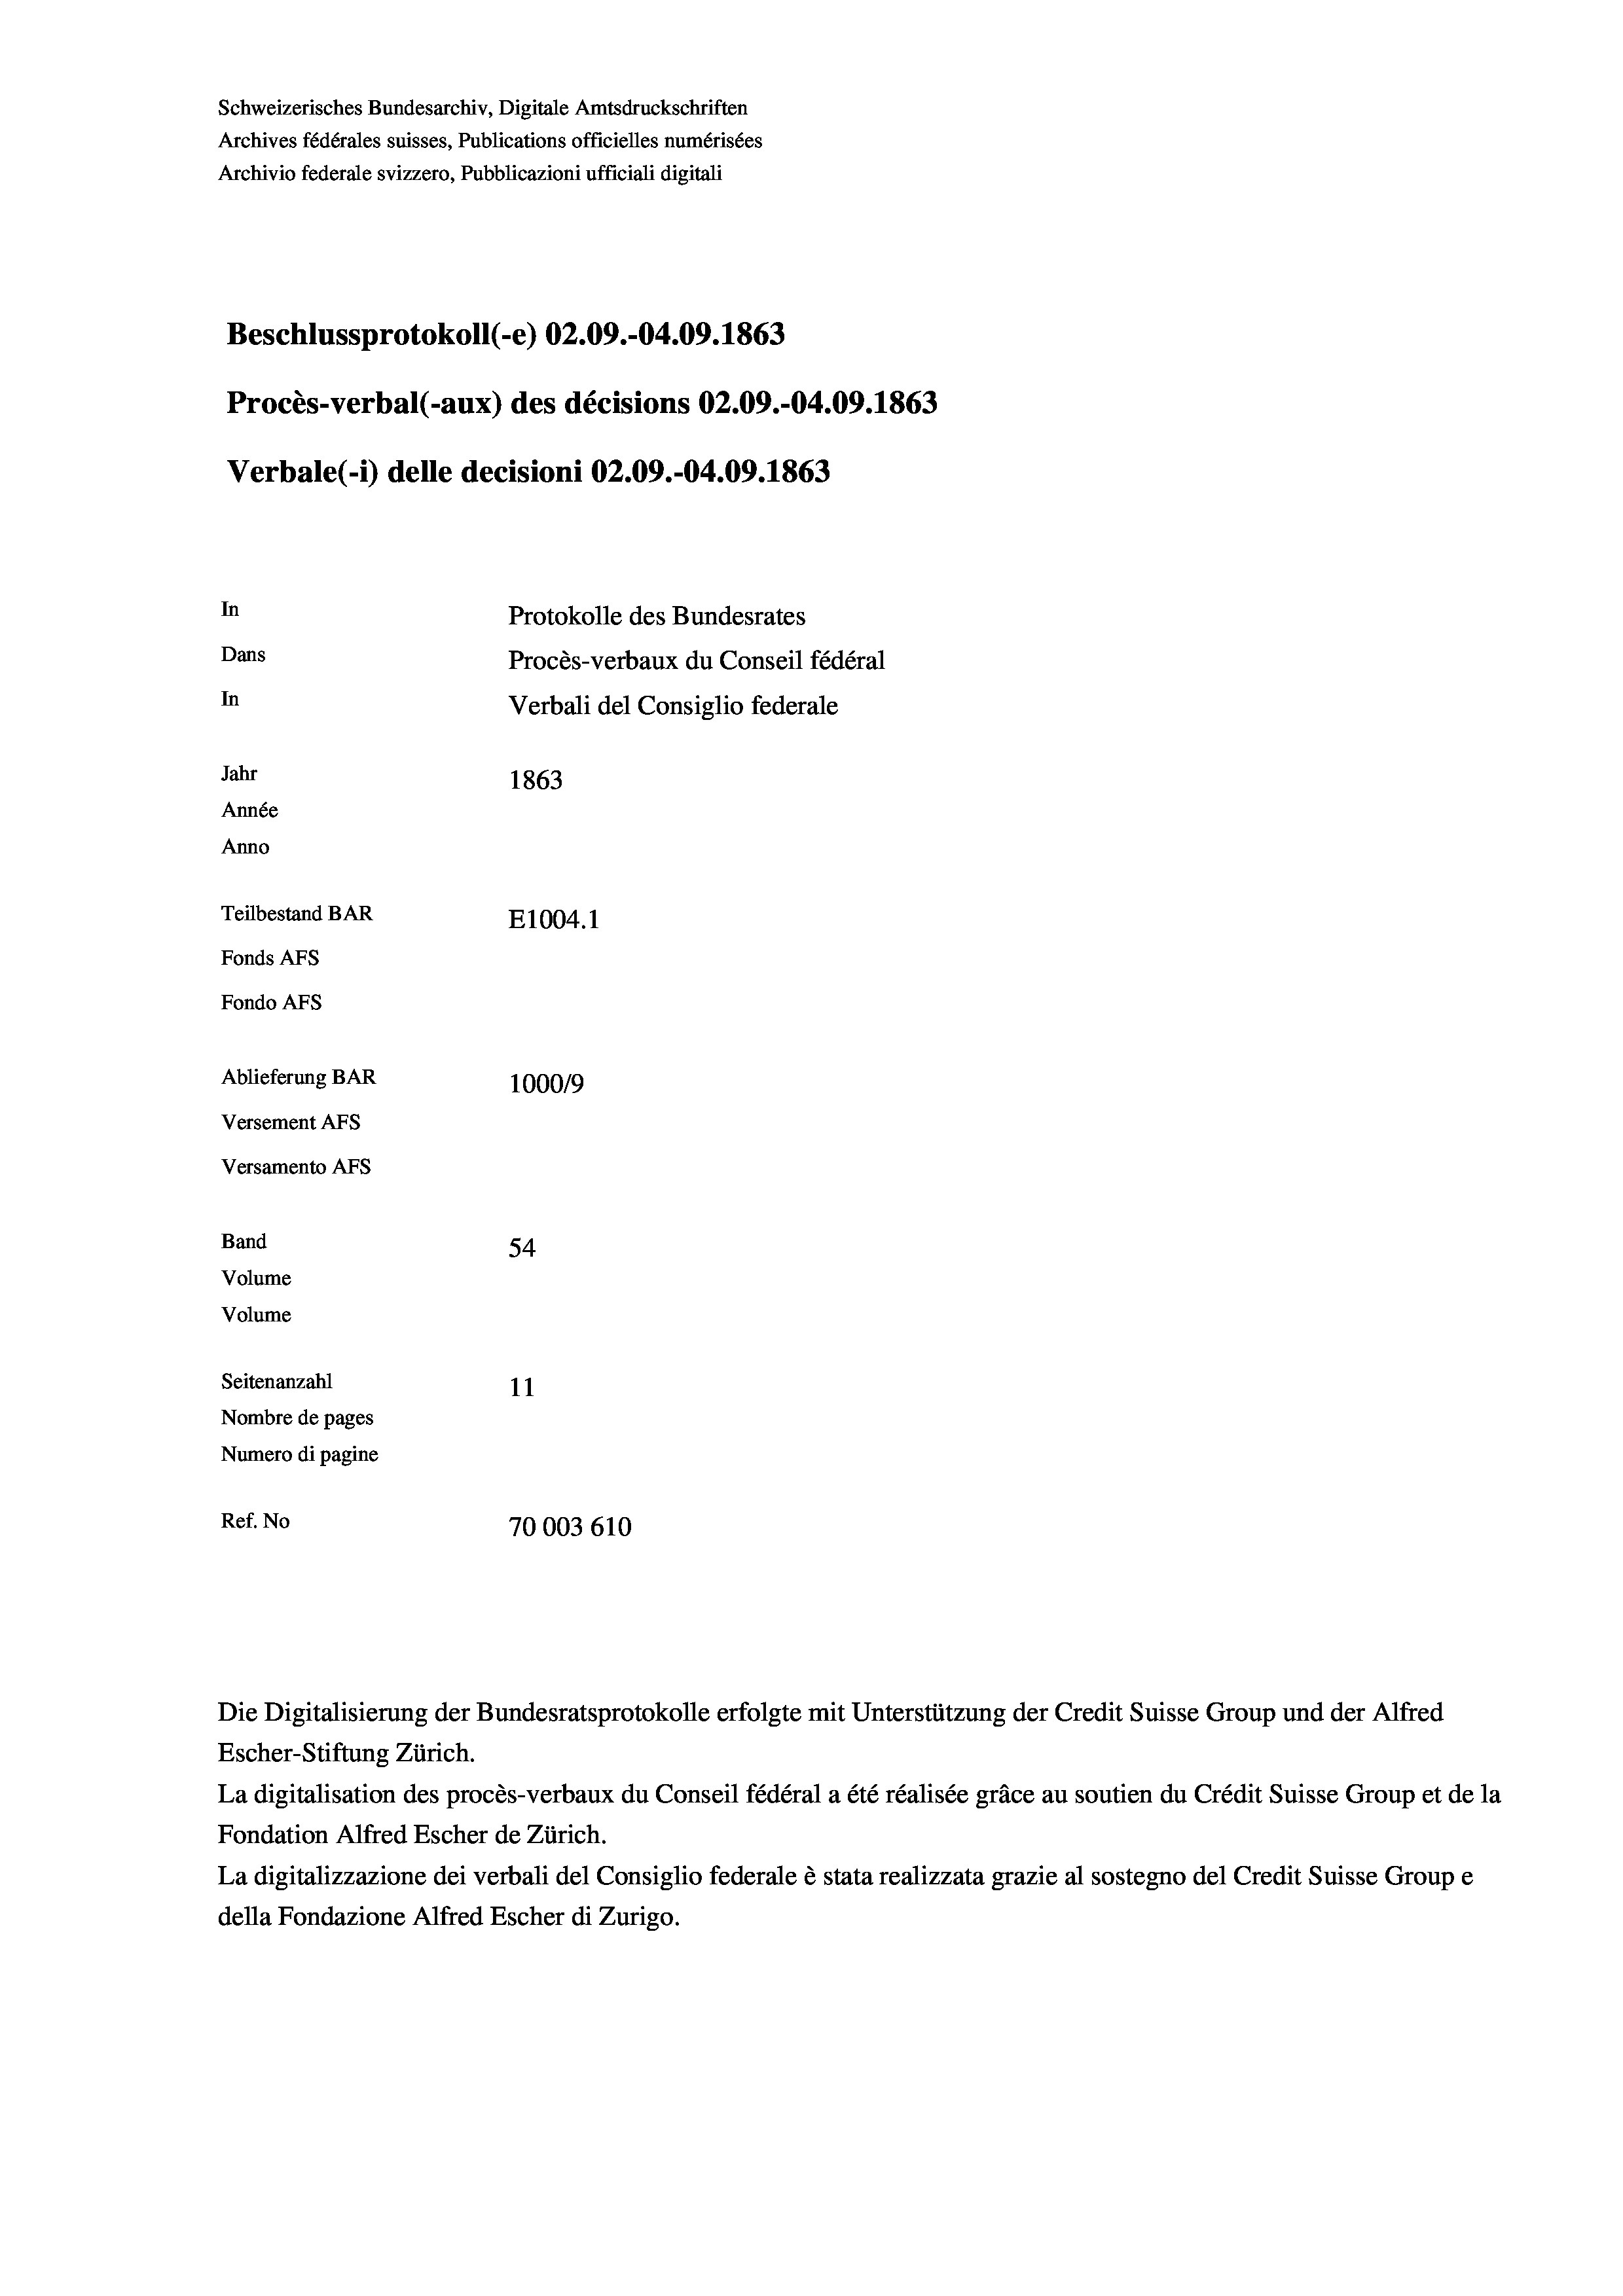
Schweizerisches Bundesarchiv, Digitale Amtsdruckschriften
Archives fédérales suisses, Publications officielles numérisées
Archivio federale svizzero, Pubblicazioni ufficiali digitali
Beschlussprotokoll (-e) 02.09.-04.09. 1863
Procès-verbal (-aux) des décisions 02.09.-04.09. 1863
Verbale(*) delle decisioni 02.09.-04.09. 1863
In
Protokolle des Bundesrates
Dans
Procès-verbaux du Conseil fédéral
In
Verbali del Consiglio federale
Jahr
1863
Année
Anno
Teilbestand BAR
E1004.1
Fonds AFs
Fondo AFs
Ablieferung BAR
1000/9
Versement AFs
Versamento Afs
Band
54
Volume
Volume
Seitenanzahl
11
Nombre de pages
Numero di pagine
Ref. No
70003 610

Escher-Stiftung Zürich.
La digitalisation des procès-verbaux du Conseil fédéral a été réalisée gräce au soutien du Crédit Suisse Group et de la
Fondation Alfred Escher de Zürich.
La digitalizzazione dei verbali del Consiglio federale è stata realizzata grazie al sostegno del Credit Suisse Groupe
della Fondazione Alfred Escher di Zurigo.

Die Digitalisierung der Bundesratsprotokolle erfolgte mit Unterstützung der Credit Suisse Group und der Alfred